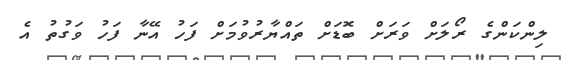
ލިންކަންގެ ރޯލަށް ވަރަށް ބޮޑަށް ތައްޔާރުވުމަށް ފަހު އޭނާ ފަހު ވަގުތު އެ